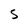
Character: S